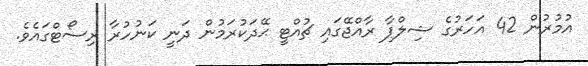
އުމުރުން 42 އަހަރުގެ ޝިލްޕާ ރާއްޖޭގައި ޗުއްޓީ ޙޭދަކުރަމުން ދަނީ ކަނުހުރާ ރިސޯޓްގައެވެ.